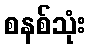
စနစ်သုံး